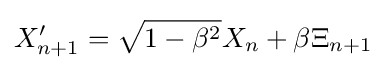
X'_{n+1}={\sqrt {1-\beta ^{2}}}X_{n}+\beta \Xi _{n+1}